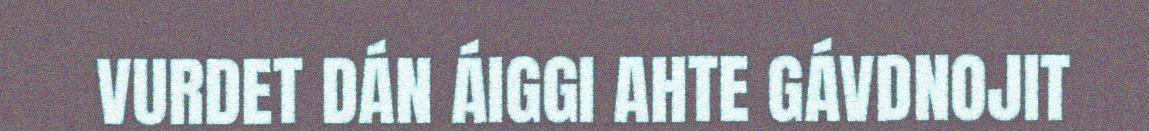
VURDET DÁN ÁIGGI AHTE GÁVDNOJIT